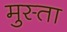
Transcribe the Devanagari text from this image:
मुस्ता